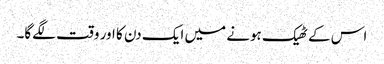
اس کے ٹھیک ہونے میں ایک دن کا اور وقت لگے‌گا۔